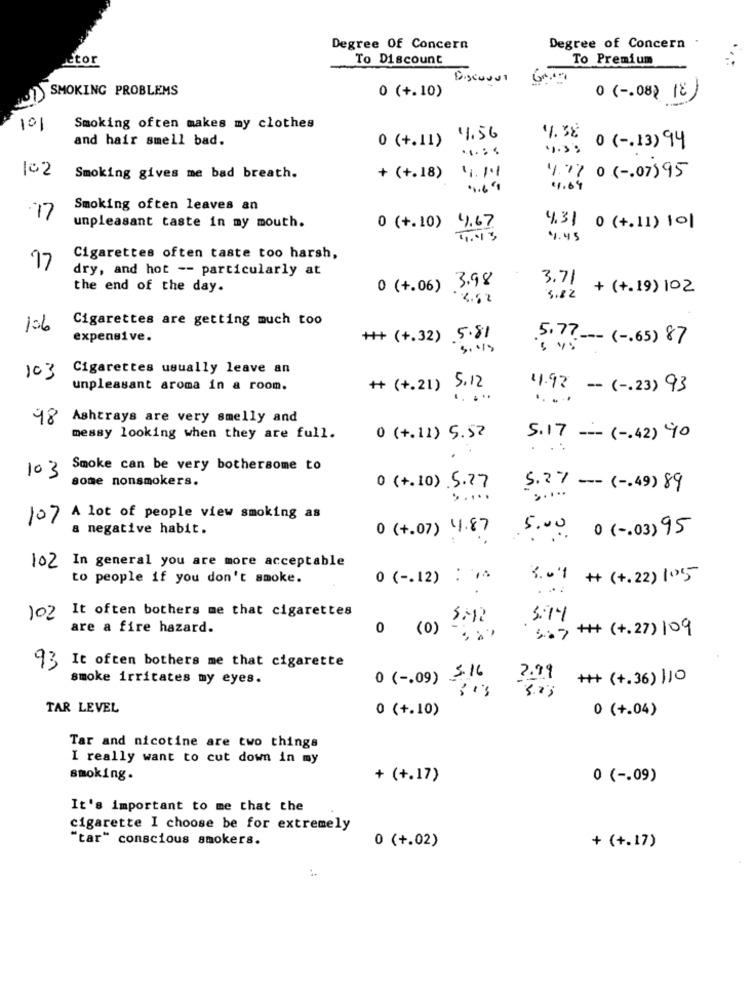
Degree Of Concern
Degree of Concern
ctor
To Discount
To Premium
Discuval
1 SMOKING PROBLEMS
0 (+.10)
0 ( -. 08) 18
101
Smoking often makes my clothes
and hair smell bad.
0 (+.11) 1.56
14. 38
0 ( -. 13) 94
102
Smoking gives me bad breath.
+ (+.18)
1.77 0 6.07) 95
1.69
4.64
Smoking often leaves an
.17
unpleasant taste in my mouth.
0 (+.10) 4.67
4.31 0 (+.11) 101
4.45
Cigarettes often taste too harsh,
17
dry, and hot -- particularly at
3.71
the end of the day.
0 (+.06) 3.98
+ (+.19) 102
4.52
5.82
Cigarettes are getting much too
expensive.
++ (+.32) 5.81
5.77 .- ( -. 65) 87
3.119
Cigarettes usually leave an
103
unpleasant aroma in a room.
# (+.21) 5.12
11.92 - ( -. 23) 93
.....
.....
18
Ashtrays are very smelly and
messy looking when they are full.
0 (+.11) 5.52
5.17 --- ( -. 42) 90
Smoke can be very bothersome to
103
some nonsmokers.
0 (+.10) 5.27
5.27 -- ( -. 49) 89
.....
......
107
A lot of people view smoking as
a negative habit.
0 (+.07) 41.87
5.00. 0( -. 03) 95
102 In general you are more acceptable
to people if you don't smoke.
0 ( -. 12) : 74
3.01 + (+.22) 105
102 It often bothers me that cigarettes
are a fire hazard.
5.7 ++ (+.27) 109
0 (0)
73 It often bothers me that cigarette
smoke irritates my eyes.
0 ( -. 09) 3.16
2.99
++ (+.36) 110
TAR LEVEL
0 (+.10)
0 (+.04)
Tar and nicotine are two things
I really want to cut down in my
smoking.
+ (+.17)
0 ( -. 09)
It's important to me that the
cigarette I choose be for extremely
"tar" conscious smokers.
0 (+.02)
+ (+.17)